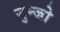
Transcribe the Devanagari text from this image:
नुन्जो